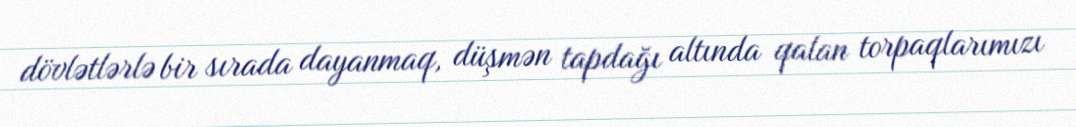
dövlətlərlə bir sırada dayanmaq, düşmən tapdağı altında qalan torpaqlarımızı